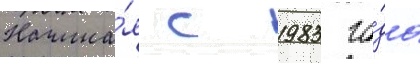
Начина́я с 1983 го́да